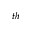
^ { t h }